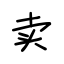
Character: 卖